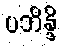
ပဘိန္ဒိ